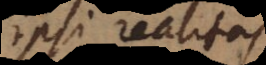
ipsi realitas